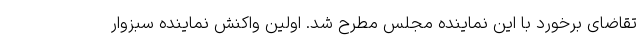
تقاضای برخورد با این نماینده مجلس مطرح شد. اولین واکنش نماینده سبزوار